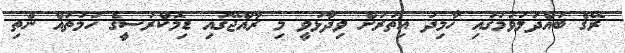
ރޭގެ ބައްދަލުވުމުގައި ހާމިދު އިތުރަށް ވިދާޅުވީ މި ރާއްޖޭގައި ޑިމޮކްރަސީގެ ހަމަތައް ނެތި